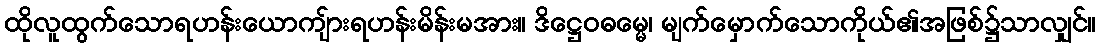
ထိုလူထွက်သောရဟန်းယောကျ်ားရဟန်းမိန်းမအား။ ဒိဋ္ဌေဝဓမ္မေ၊ မျက်မှောက်သောကိုယ်၏အဖြစ်၌သာလျှင်။